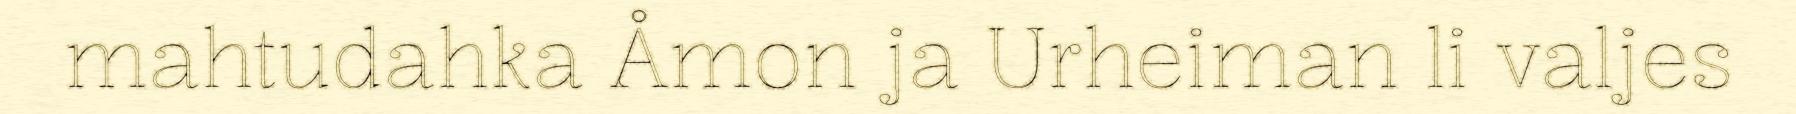
mahtudahka Åmon ja Urheiman li valjes